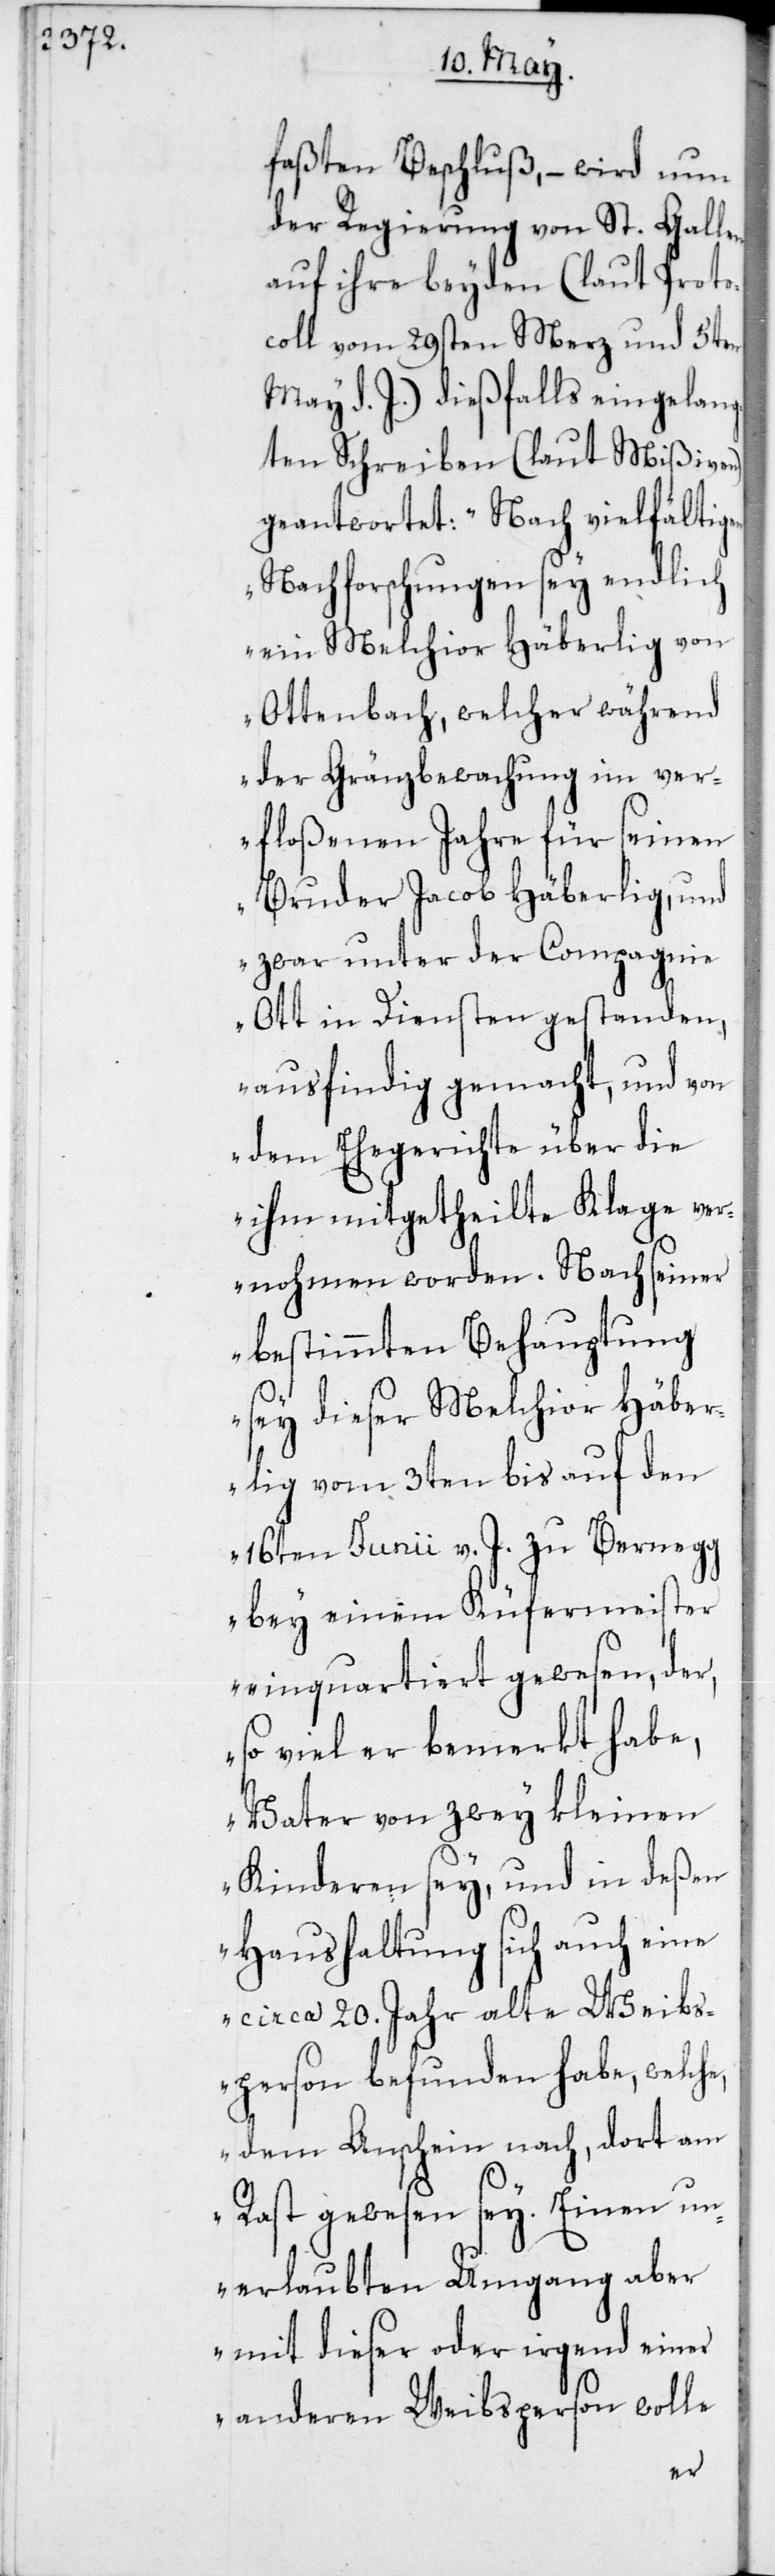
faßten Beschluß, – wird nun
der Regierung von St. Gallen
auf ihre beyden (laut Proto¬
coll vom 29sten Merz und 5ten
May d. J.) dießfalls eingelang¬
ten Schreiben (laut Mißiven)
geantwortet: „Nach vielfältig¬
Nachforschungen sey endlich
ein Melchior Häberlig von
Ottenbach, welcher während
der Gränzbewachung im ver¬
floßenen Jahre für seinen
Bruder Jacob Häberlig, und
zwar unter der Compagnie
Ott in Diensten gestanden,
ausfindig gemacht, und von
dem Ehegerichte über die
ihm mitgetheilte Klage ver¬
nohmen worden. Nach seiner
bestimmten Behauptung
sey dieser Melchior Häber¬
lig vom 3ten bis auf den
16ten Junii v. J. zu Bernegg
bey einem Küfermeister
einquartiert gewesen, der,
so viel er bemerkt habe,
Vater von zwey kleinen
Kinderen sey, und in deßen
Haushaltung sich auch eine
circa 20. Jahr alte Weibs¬
person befunden habe, welche,
dem Anschein nach, dort am
Rast gewesen sey. Einen un¬
erlaubten Umgang aber
mit dieser oder irgend einer
anderen Weibsperson wolle
en